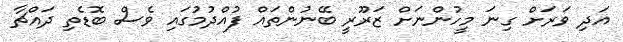
އަދި ވަރަށް ގިނަ މީހުންނަށް ޒަރޫރީ ބޭނުންތައް ފުއްދުމުގައި ވެސް ބޮޑެތި ދައްޗާ